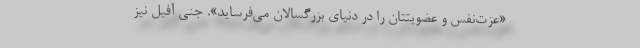
«عزت‌نفس و عضویتتان را در دنیای بزرگسالان می‌فرساید». جنی آفیل نیز